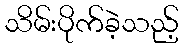
သိမ်းပိုက်ခဲ့သည့်